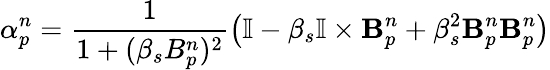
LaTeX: {\alpha}_{p}^{n}=\frac{1}{1+(\beta_{s}B_{p}^{n})^{2}}\left(\mathbb{I}-\beta_{s}\mathbb{I}\times\mathbf{B}_{p}^{n}+\beta_{s}^{2}\mathbf{B}_{p}^{n}\mathbf{B}_{p}^{n}\right)